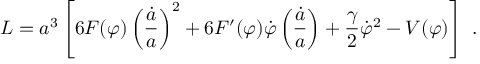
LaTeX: { \cal L } = a ^ { 3 } \left[ 6 F ( \varphi ) \left( \frac { \dot { a } } { a } \right) ^ { 2 } + 6 F ^ { \prime } ( \varphi ) \dot { \varphi } \left( \frac { \dot { a } } { a } \right) + \frac { \gamma } { 2 } \dot { \varphi } ^ { 2 } - V ( \varphi ) \right] \ .